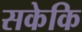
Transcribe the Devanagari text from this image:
सकेकि